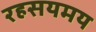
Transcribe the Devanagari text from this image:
रहसयमय